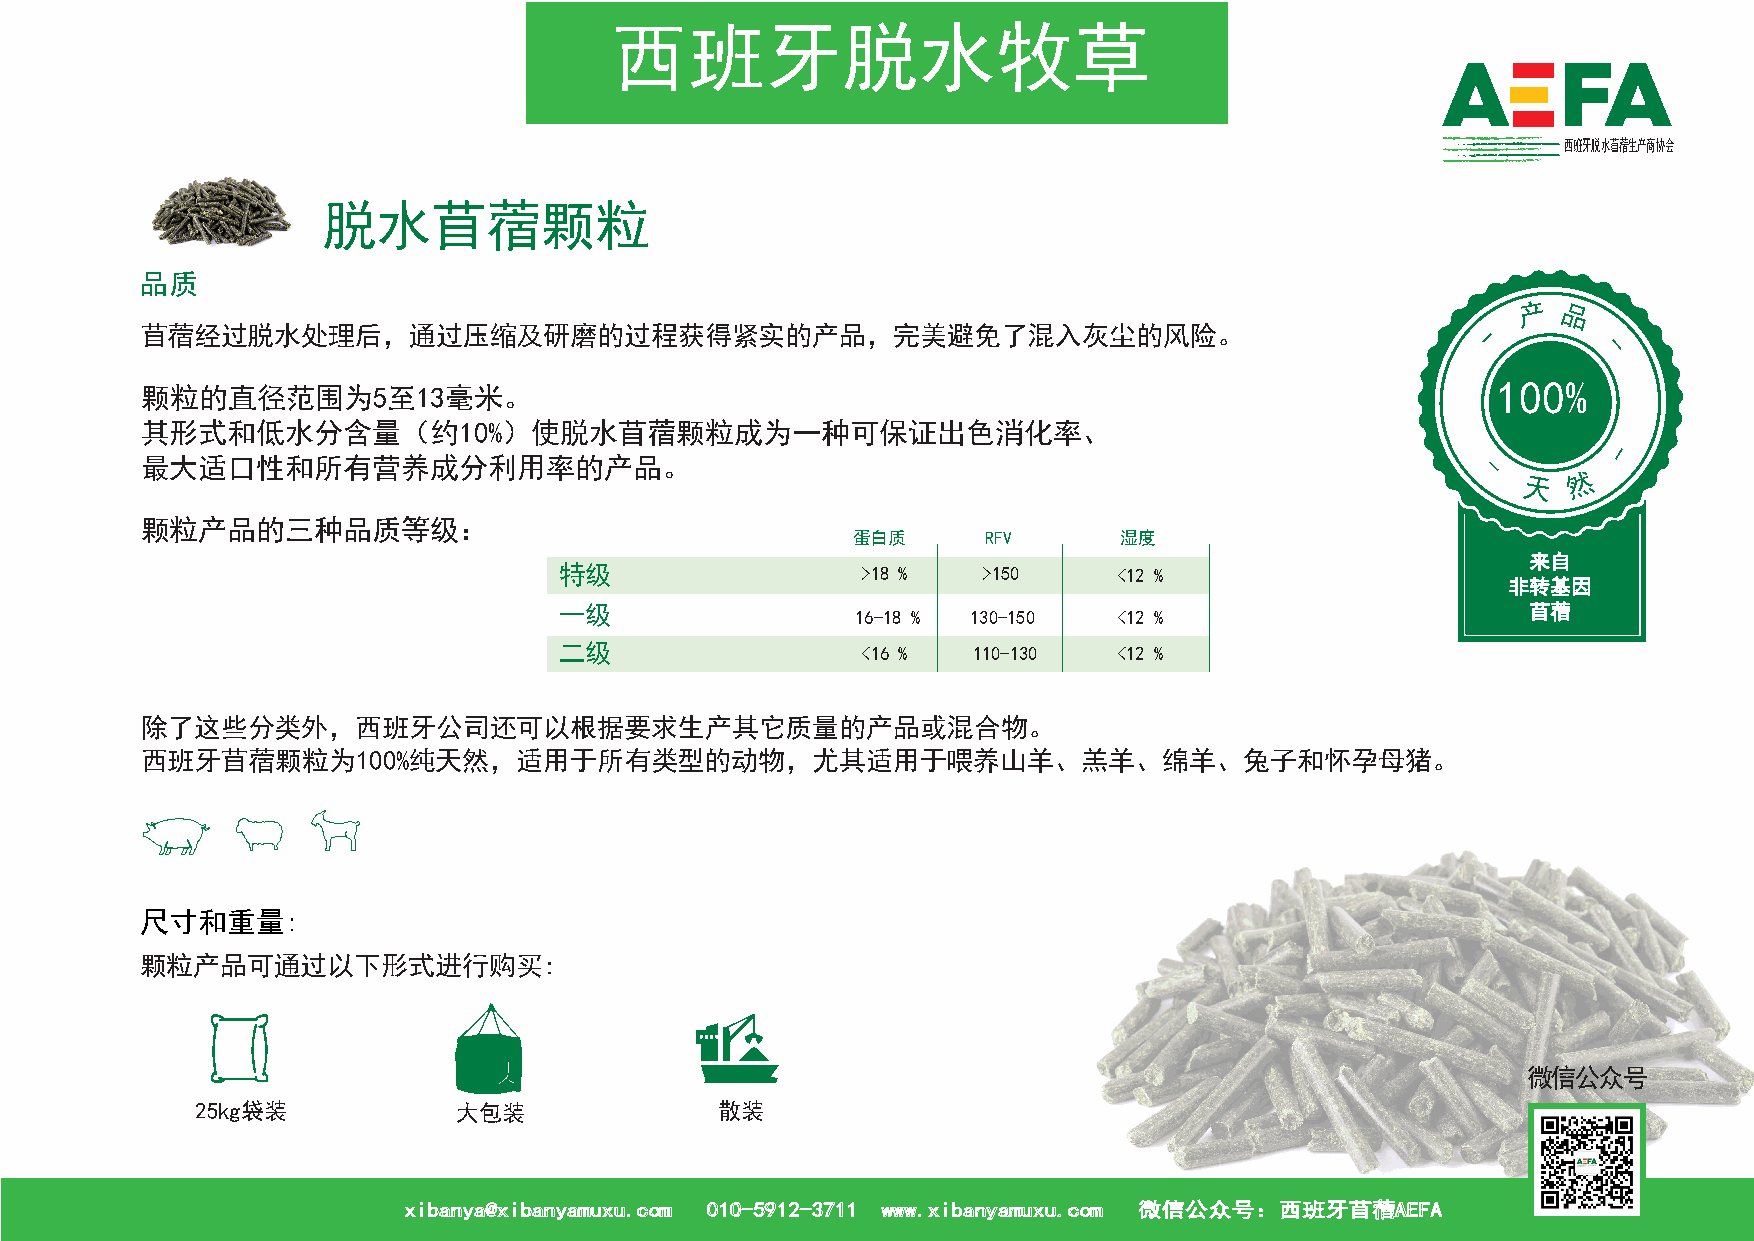
西班牙脱水牧草
 西班牙脱水牧草
 西班牙脱水苜蓿生产商协会
 脱水苜蓿颗粒
 品质
 产
 苜蓿经过脱水处理后，通过压缩及研磨的过程获得紧实的产品，完美避免了混入灰尘的风险。                                                -
 品
 -
 100%
 颗粒的直径范围为5至13毫米。
 其形式和低水分含量（约10%）使脱水苜蓿颗粒成为一种可保证出色消化率、
 -
 最大适口性和所有营养成分利用率的产品。
 -
 天
 然
 颗粒产品的三种品质等级：
 蛋白质     RFV      湿度
 来自
 特级                  >18 %   >150     <12 %
 非转基因
 一级                                                              苜蓿
 16-18 % 130-150  <12 %
 二级                  <16 %  110-130   <12 %
 除了这些分类外，西班牙公司还可以根据要求生产其它质量的产品或混合物。
 西班牙苜蓿颗粒为100%纯天然，适用于所有类型的动物，尤其适用于喂养山羊、羔羊、绵羊、兔子和怀孕母猪。
 尺寸和重量:
 颗粒产品可通过以下形式进行购买:
 微信公众号
 25kg袋装           大包装               散装
 xxiibbaannyyaa@@xxiibbaannyyaammuuxxuu..ccoomm 001100--55991122--33771111 wwwwww..xxiibbaannyyaammuuxxuu..ccoomm 微微信信公公众众号号：：西西班班牙牙苜苜蓿蓿AAEEFFAA